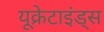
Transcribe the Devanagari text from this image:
यूक्रेटाइंड्स